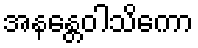
အနန္တေဝါသိကော